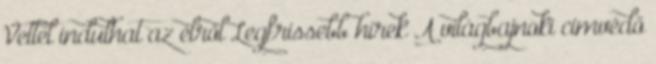
Vettel indulhat az élről Legfrissebb hírek A világbajnoki címvédő